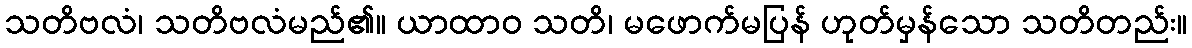
သတိဗလံ၊ သတိဗလံမည်၏။ ယာထာဝ သတိ၊ မဖောက်မပြန် ဟုတ်မှန်သော သတိတည်း။